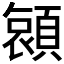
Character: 𮨖